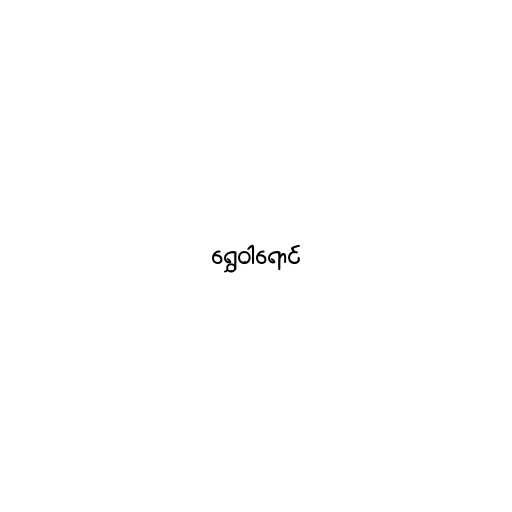
ရွှေဝါရောင်